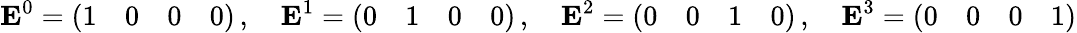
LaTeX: \mathbf{E}^{0}={\left(\begin{array}{llll}{1}&{0}&{0}&{0}\end{array}\right)}\, ,\quad\mathbf{E}^{1}={\left(\begin{array}{llll}{0}&{1}&{0}&{0}\end{array}\right)}\, ,\quad\mathbf{E}^{2}={\left(\begin{array}{llll}{0}&{0}&{1}&{0}\end{array}\right)}\, ,\quad\mathbf{E}^{3}={\left(\begin{array}{llll}{0}&{0}&{0}&{1}\end{array}\right)}